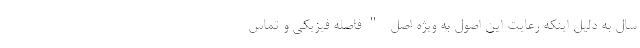
سال به دلیل اینکه رعایت این اصول به ویژه اصل "فاصله فیزیکی و تماس